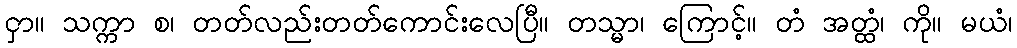
ငှာ။ သက္ကာ စ၊ တတ်လည်းတတ်ကောင်းလေပြီ။ တသ္မာ၊ ကြောင့်။ တံ အတ္ထံ၊ ကို။ မယံ၊